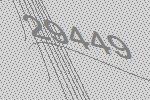
29449